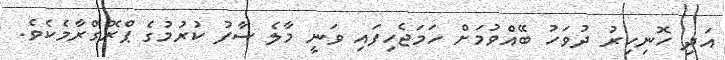
އަދި ހޮނިހިރު ދުވަހު ބޭއްވުމަށް ހަމަޖެހިފައި ވަނީ މާލެ ސާފު ކުރުމުގެ ޕްރޮގްރާމެކެވެ.